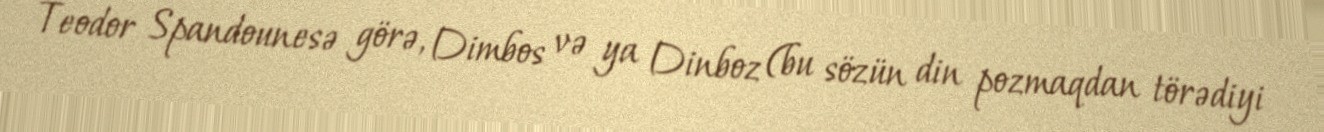
Teodor Spandounesə görə, Dimbos və ya Dinboz (bu sözün din pozmaqdan törədiyi